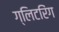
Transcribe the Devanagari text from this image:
ग्लिटरिंग